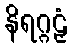
နိရဂ္ဂဠှံ